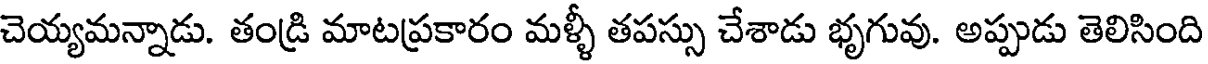
చెయ్యమన్నాడు. తండ్రి మాటప్రకారం మళ్ళీ తపస్సు చేశాడు భృగువు. అప్పుడు తెలిసింది